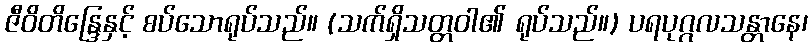
ဇီဝိတိန္ဒြေနှင့် စပ်သောရုပ်သည်။ (သက်ရှိသတ္တဝါ၏ ရုပ်သည်။) ပရပုဂ္ဂလသန္တာနေ၊